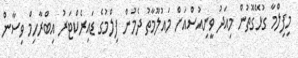
މިފިލްމާ ގުޅޭގޮތުން މިއަދު ވީނިއުސްއަށް މައުލޫމާތު ދެމުން ފިލްމުގެ ޑައިރެކްޓަރު އިބްރާހިމް ވިސާން